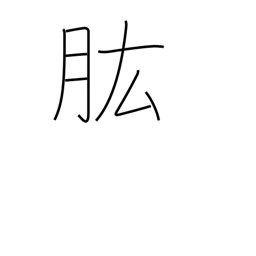
Meaning: ability